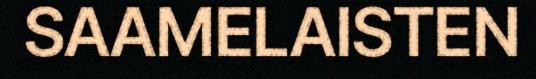
SAAMELAISTEN